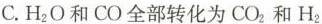
C.H_{2}O和CO全部转化为CO_{2}和H_{2}